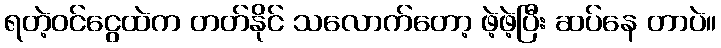
ရတဲ့ဝင်ငွေထဲက တတ်နိုင် သလောက်တော့ ဖဲ့ဖဲ့ပြီး ဆပ်နေ တာပဲ။